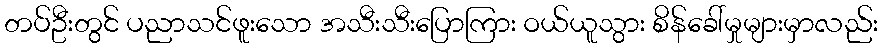
တပ်ဦးတွင် ပညာသင်ဖူးသော အသီးသီးပြောကြား ဝယ်ယူသွား စိန်ခေါ်မှုများမှာလည်း